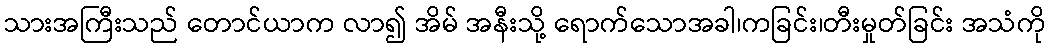
သားအကြီးသည် တောင်ယာက လာ၍ အိမ် အနီးသို့ ရောက်သောအခါ၊ကခြင်း၊တီးမှုတ်ခြင်း အသံကို